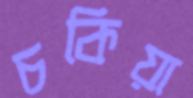
চকিয়া